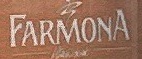
FARMONA